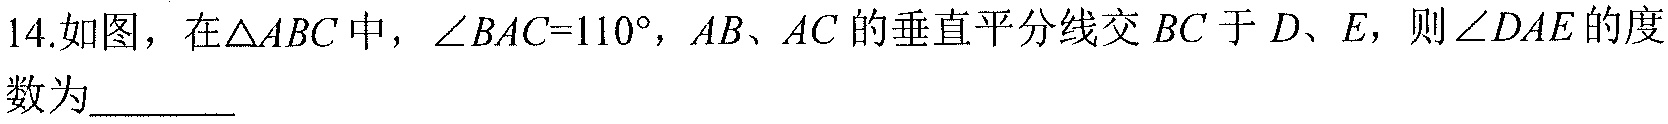
14.如图，在\(\triangle ABC\)中，\(\angle BAC = 110^{\circ}\)，\(AB\)、\(AC\)的垂直平分线交\(BC\)于\(D\)、\(E\)，则\(\angle DAE\)的度数为_________